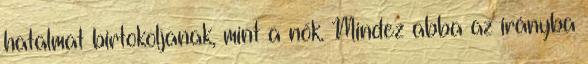
hatalmat birtokoljanak, mint a nők. Mindez abba az irányba